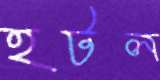
হটল